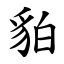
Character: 貃